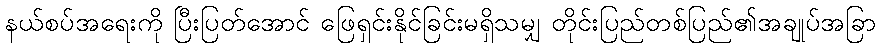
နယ်စပ်အရေးကို ပြီးပြတ်အောင် ဖြေရှင်းနိုင်ခြင်းမရှိသမျှ တိုင်းပြည်တစ်ပြည်၏အချုပ်အခြာ